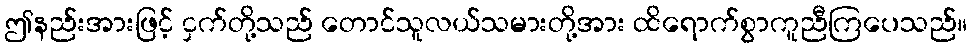
ဤနည်းအားဖြင့် ငှက်တို့သည် တောင်သူလယ်သမားတို့အား ထိရောက်စွာကူညီကြပေသည်။